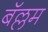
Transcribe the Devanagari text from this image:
बॅल्लम